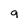
Character: q